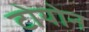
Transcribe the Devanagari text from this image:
टोयोन